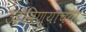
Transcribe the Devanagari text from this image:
उडविण्याच्या